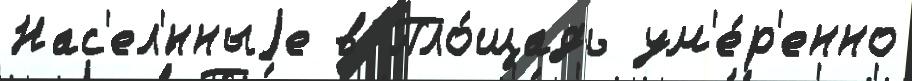
Нас'ел'́нныjе в Пло́щадь ум'е́р'енно